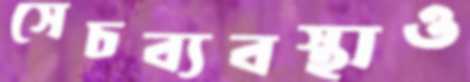
সেচব্যবস্থাও